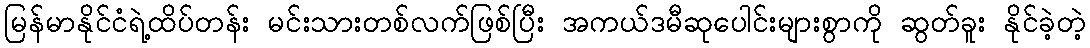
မြန်မာနိုင်ငံရဲ့ထိပ်တန်း မင်းသားတစ်လက်ဖြစ်ပြီး အကယ်ဒမီဆုပေါင်းများစွာကို ဆွတ်ခူး နိုင်ခဲ့တဲ့